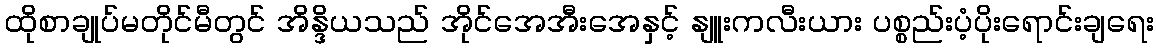
ထိုစာချုပ်မတိုင်မီတွင် အိန္ဒိယသည် အိုင်အေအီးအေနှင့် နျူးကလီးယား ပစ္စည်းပံ့ပိုးရောင်းချရေး